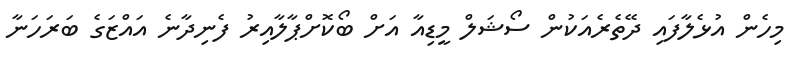
މިހެން އުޅެލާފައި ދޭތެރެއަކުން ސޯޝަލް މީޑިއާ އަށް ބޯކޮށްޕާލާއިރު ފެނިދާނެ އައްޒަގެ ބަރަހަނާ